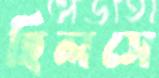
হিলসে